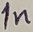
Text: 1n